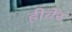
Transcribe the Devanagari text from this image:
ह्रीवेर